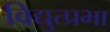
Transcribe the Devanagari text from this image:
विद्युत्प्रभा